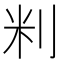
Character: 𫥾